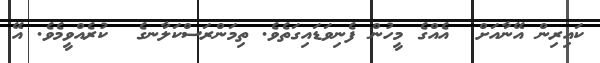
ކައިރިން އޭނާއަށް  އެއްގެ މީހުން ފެނިވަޑައިގަތެވެ. ތިމަންރަސްކަލާނގެ  ކުރެއްވީމެވެ. އޭ